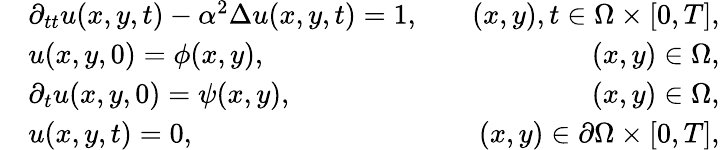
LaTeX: \begin{array}{rlr}&{\partial_{tt}u(x,y,t)-\alpha^{2}\Delta u(x,y,t)=1,}&{\quad(x,y),t\in\Omega\times[0,T],}\\ &{u(x,y,0)=\phi(x,y),}&{\quad(x,y)\in\Omega,}\\ &{\partial_{t}u(x,y,0)=\psi(x,y),}&{\quad(x,y)\in\Omega,}\\ &{u(x,y,t)=0,}&{\quad(x,y)\in\partial\Omega\times[0,T],}\end{array}